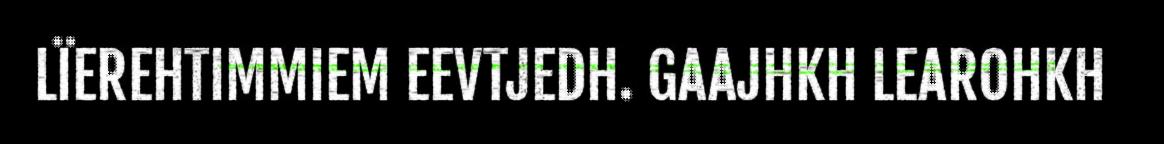
LÏEREHTIMMIEM EEVTJEDH. GAAJHKH LEAROHKH